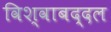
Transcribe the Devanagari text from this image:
विश्वाबद्दल